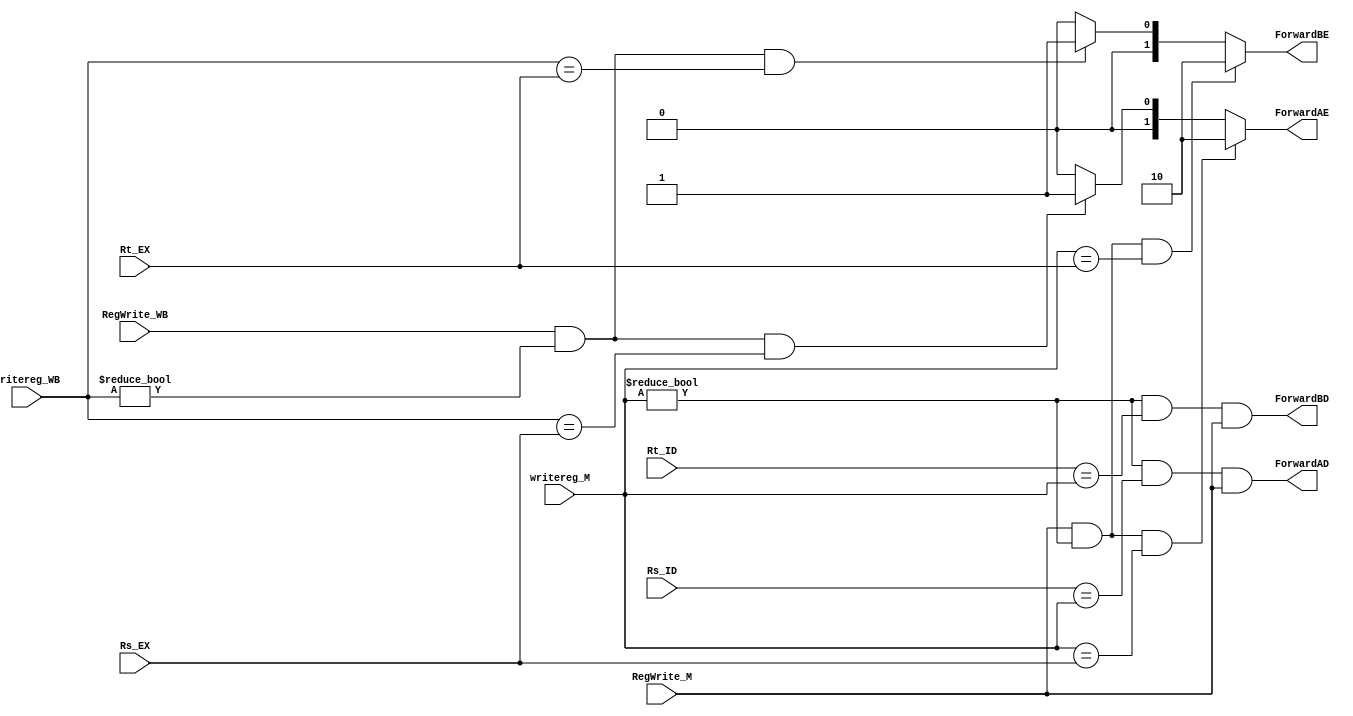
`timescale 1ns/1ns

module forwardingunit(  input [4:0] Rs_EX,            
                      	input [4:0] Rt_EX,
                        input [4:0] Rs_ID,            
                      	input [4:0] Rt_ID,            
                      	input [4:0] writereg_M,       
                      	input [4:0] writereg_WB,      
                        input RegWrite_M,       
                        input RegWrite_WB,      
                        output reg[1:0] ForwardAE,  
                        output reg[1:0] ForwardBE,
                        output reg ForwardAD,  
                        output reg ForwardBD );

always @(*)
    begin
        // Forward around EX hazards
        if (RegWrite_M
            && (writereg_M != 0)
            && (writereg_M == Rs_EX))
            ForwardAE = 2'b10;
        // Forward around MEM hazards
        else if (RegWrite_WB
            && (writereg_WB != 0)
            && (writereg_WB == Rs_EX))
            ForwardAE = 2'b01;
        // No hazards, use the value from ID/EX
        else
            ForwardAE = 2'b00;

        
         // Forward around EX hazards
        if (RegWrite_M
            && (writereg_M != 0)
            && (writereg_M == Rt_EX))
            ForwardBE = 2'b10;
        // Forward around MEM hazards
        else if (RegWrite_WB
            && (writereg_WB != 0)
            && (writereg_WB == Rt_EX))
            ForwardBE = 2'b01;
        // No hazards, use the value from ID/EX
        else
            ForwardBE = 2'b00;

        ForwardAD = (writereg_M !=0) && (Rs_ID == writereg_M) && RegWrite_M;
        ForwardBD = (writereg_M !=0) && (Rt_ID == writereg_M) && RegWrite_M;

            
    end

endmodule